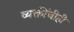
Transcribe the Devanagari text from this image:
व्यक्तींचीही